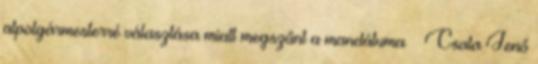
alpolgármesterré választása miatt megszűnt a mandátuma – Csata Jenő